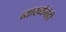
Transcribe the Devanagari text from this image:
व्याख्येनेही